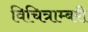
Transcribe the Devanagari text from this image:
विचित्राम्बरी